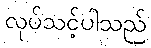
လုပ်သင့်ပါသည်